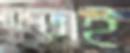
চাপ্‌ড়াই